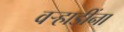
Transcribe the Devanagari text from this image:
वऱ्हाडींना